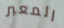
المعبر